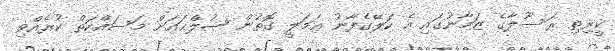
ކީރިތި ރަސޫލާގެ ޒަމާނުގައި އެ ކަލޭގެފާނު ޢަމަލީ ގޮތުން ޞުލްޙައަށް މަސައްކަތް ކުރެއްވި